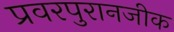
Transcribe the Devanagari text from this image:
प्रवरपुरानजीक